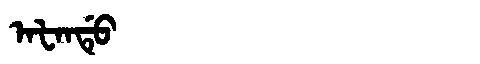
Manchu: ᠠᡶᠠᠨᡩᡠ
Romanization: AFANDU